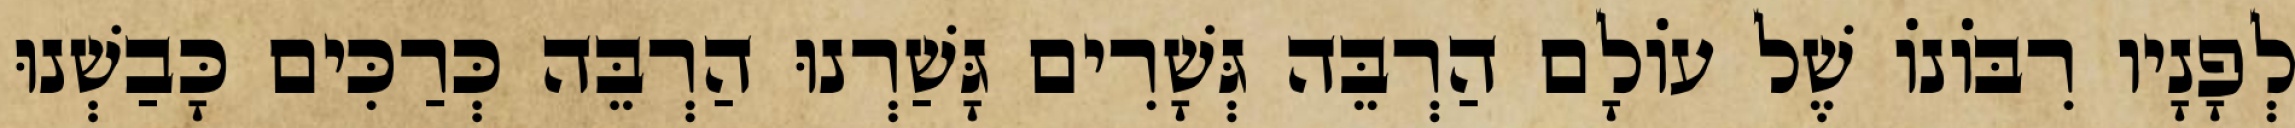
לְפָנָיו רִבּוֹנוֹ שֶׁל עוֹלָם הַרְבֵּה גְּשָׁרִים גָּשַׁרְנוּ הַרְבֵּה כְּרַכִּים כָּבַשְׁנוּ